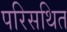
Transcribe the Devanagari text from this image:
परिसथित